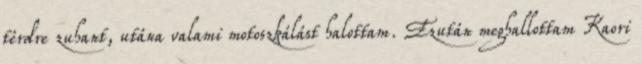
térdre zuhant, utána valami motoszkálást halottam. Ezután meghallottam Kaori